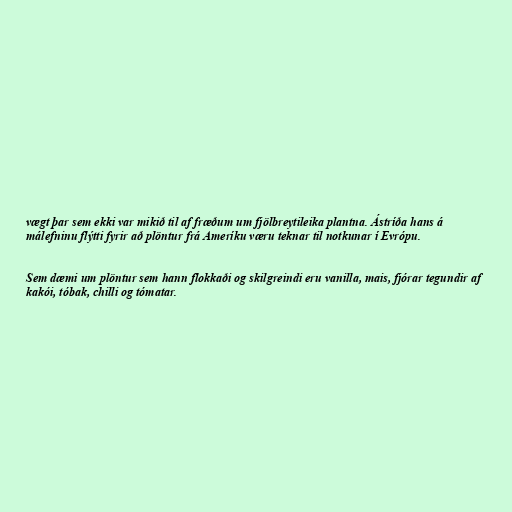
vægt þar sem ekki var mikið til af fræðum um fjölbreytileika plantna. Ástríða hans á
málefninu flýtti fyrir að plöntur frá Ameríku væru teknar til notkunar í Evrópu.

Sem dæmi um plöntur sem hann flokkaði og skilgreindi eru vanilla, mais, fjórar tegundir af
kakói, tóbak, chilli og tómatar.